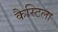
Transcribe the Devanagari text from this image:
कैस्टिला